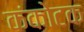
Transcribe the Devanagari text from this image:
कंकोटक